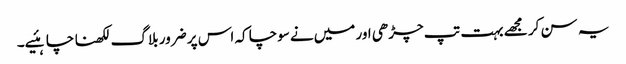
یہ سن کر مجھے بہت تپ چڑھی اور میں‌نے سوچا کہ اس پر ضرور بلاگ لکھنا چاہئیے۔